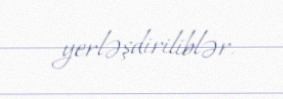
yerləşdiriliblər.